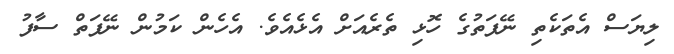
ލިޔަސް އެތަކެތި ނޭފަތުގެ ހޮޅި ތެރެއަށް އެޅެއެވެ. އެހެން ކަމުން ނޭފަތް ސާފު